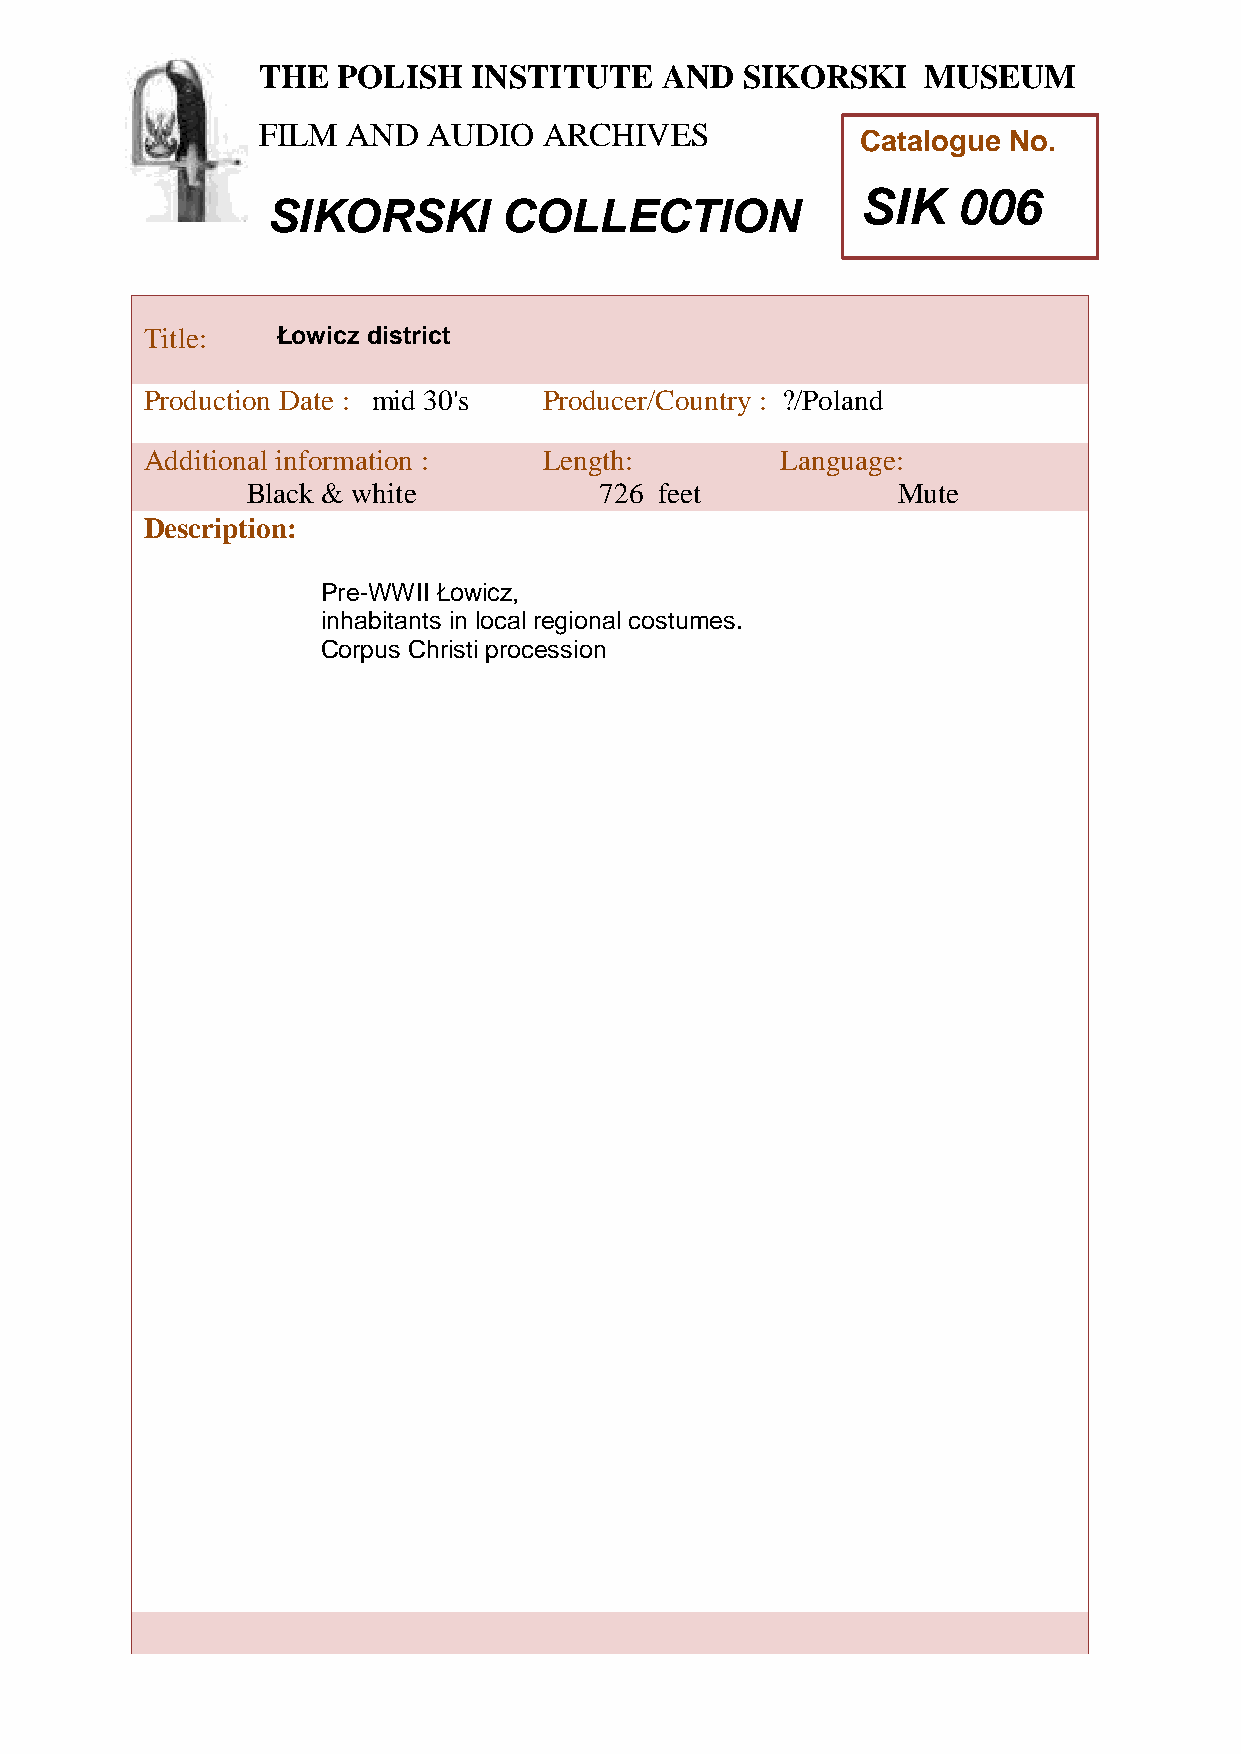
THE  POLISH   INSTITUTE    AND  SIKORSKI    MUSEUM
 FILM  AND  AUDIO   ARCHIVES
 Catalogue No.
 SIK   006
 SIKORSKI       COLLECTION
 Title:   Łowicz district
 T
 h
 Production Date : mid 30's Producer/Country : ?/Poland
 e
 Additional information :   Length:         Language:
 P
 Black & white           726 feet           Mute
 o
 Descriptioln:
 i
 s
 Pre-WWII Łowicz,
 h
 inh abitants in local regional costumes.
 I
 Corpus Christi procession
 n
 s
 t
 i
 t
 u
 t
 e
 a
 n
 d
 S
 i
 k
 o
 r
 s
 k
 i
 M
 u
 s
 e
 u
 m